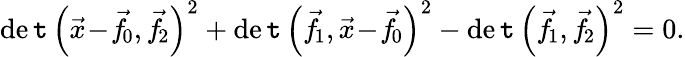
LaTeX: \operatorname*{de\mathtt{t}}{\left({\vec{{x}}}\! -\! {\vec{{f}}}\! _{0},{\vec{{f}}}\! _{2}\right)^{2}}+\operatorname*{de\mathtt{t}}{\left({\vec{{f}}}\! _{1},{\vec{{x}}}\! -\! {\vec{{f}}}\! _{0}\right)^{2}}-\operatorname*{de\mathtt{t}}{\left({\vec{{f}}}\! _{1},{\vec{{f}}}\! _{2}\right)^{2}}=0.